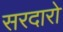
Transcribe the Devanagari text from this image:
सरदारो